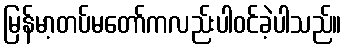
မြန်မာ့တပ်မတော်ကလည်းပါဝင်ခဲ့ပါသည်။